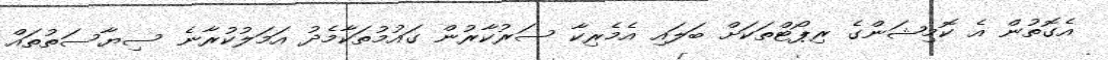
އެގޮތުން އެ ކޮމިޝަންގެ ރިޕޯޓްތަކަށް ބަލައި އެމެރިކާ ސަރުކާރުން ގައުމުތަކާމެދު އަމަލުކުރާނެ ސިޔާސަތުތައް